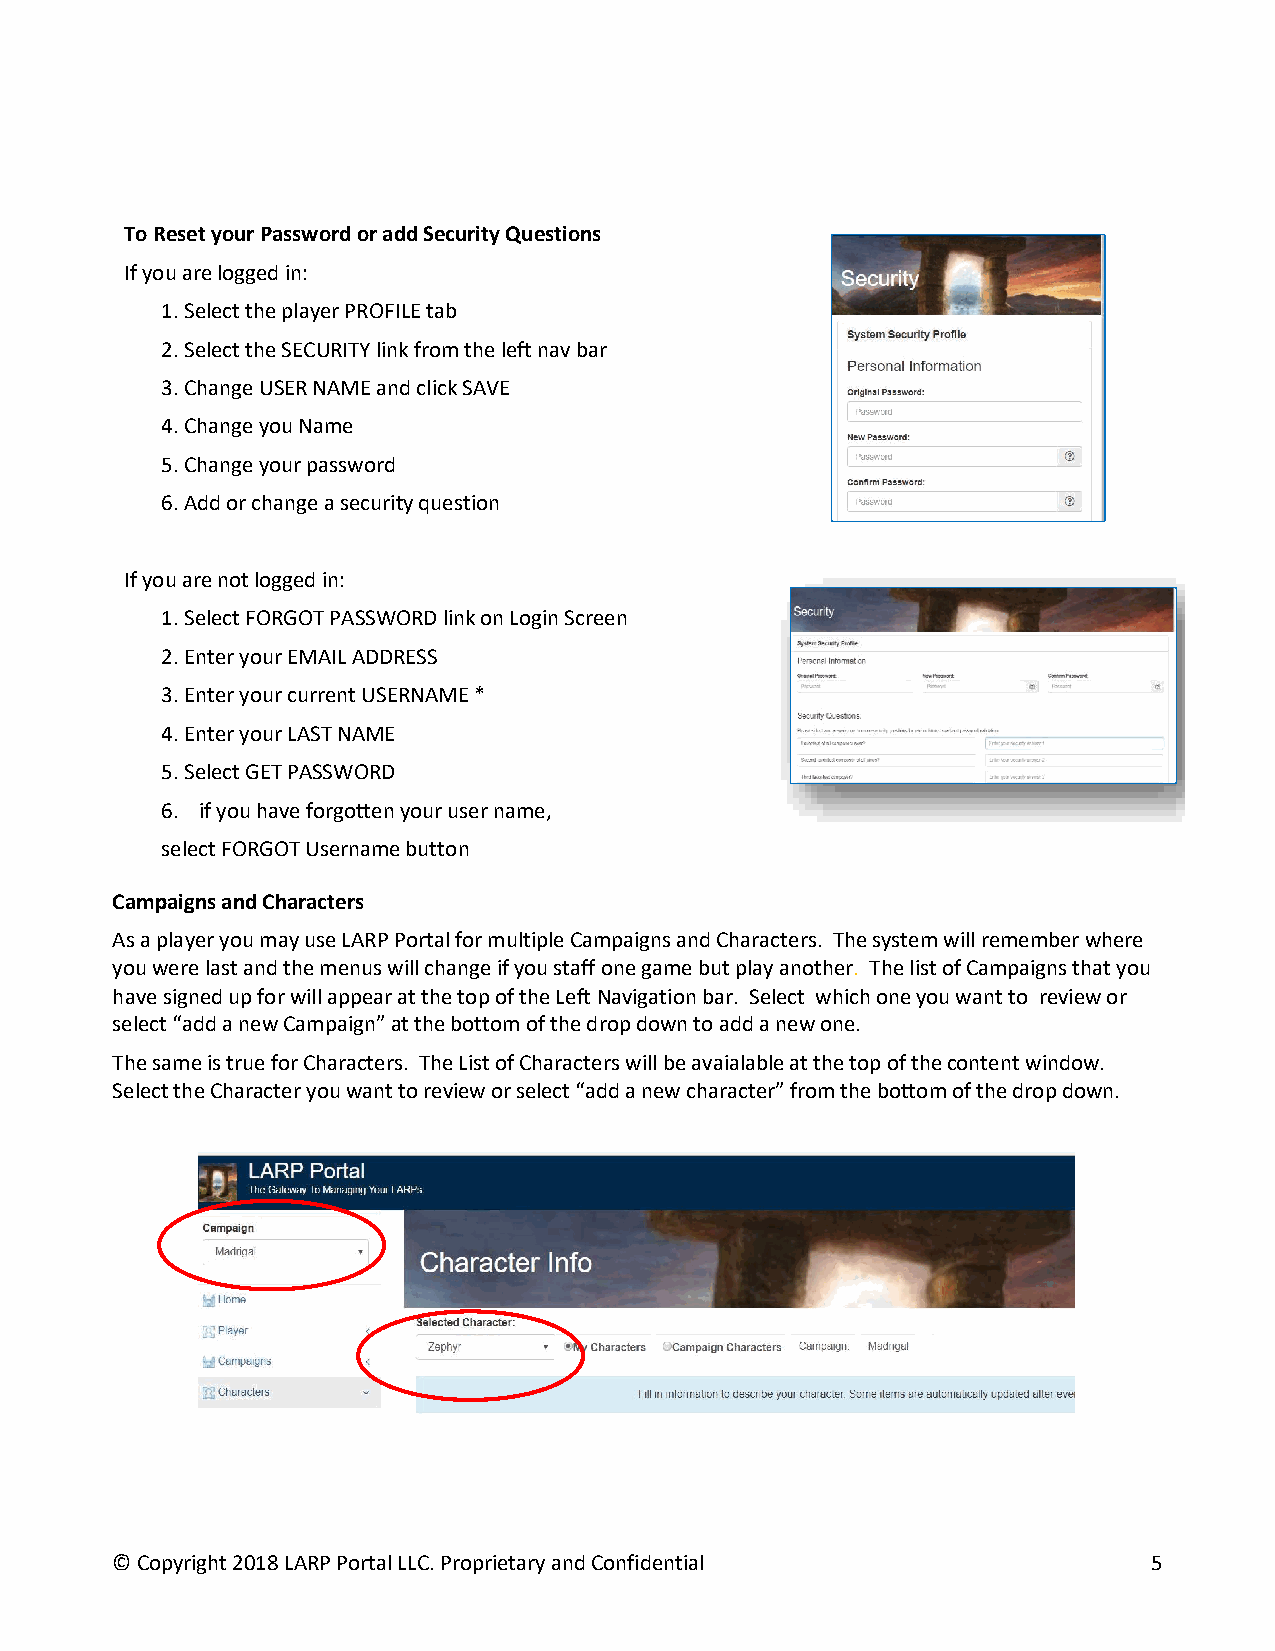
To Reset your Password or add Security Questions
 If you are logged in:
 1. Select the player PROFILE tab
 2. Select the SECURITY link from the left nav bar
 3. Change USER NAME and click SAVE
 4. Change you Name
 5. Change your password
 6. Add or change a security question
 If you are not logged in:
 1. Select FORGOT PASSWORD link on Login Screen
 2. Enter your EMAIL ADDRESS
 3. Enter your current USERNAME *
 4. Enter your LAST NAME
 5. Select GET PASSWORD
 6. if you have forgotten your user name,
 select FORGOT Username button
 Campaigns and Characters
 As a player you may use LARP Portal for multiple Campaigns and Characters. The system will remember where
 you were last and the menus will change if you staff one game but play another. The list of Campaigns that you
 have signed up for will appear at the top of the Left Navigation bar. Select which one you want to review or
 select “add a new Campaign” at the bottom of the drop down to add a new one.
 The same is true for Characters. The List of Characters will be avaialable at the top of the content window.
 Select the Character you want to review or select “add a new character” from the bottom of the drop down.
 © Copyright 2018 LARP Portal LLC. Proprietary and Confidential       5